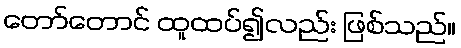
တော်တောင် ထူထပ်၍လည်း ဖြစ်သည်။